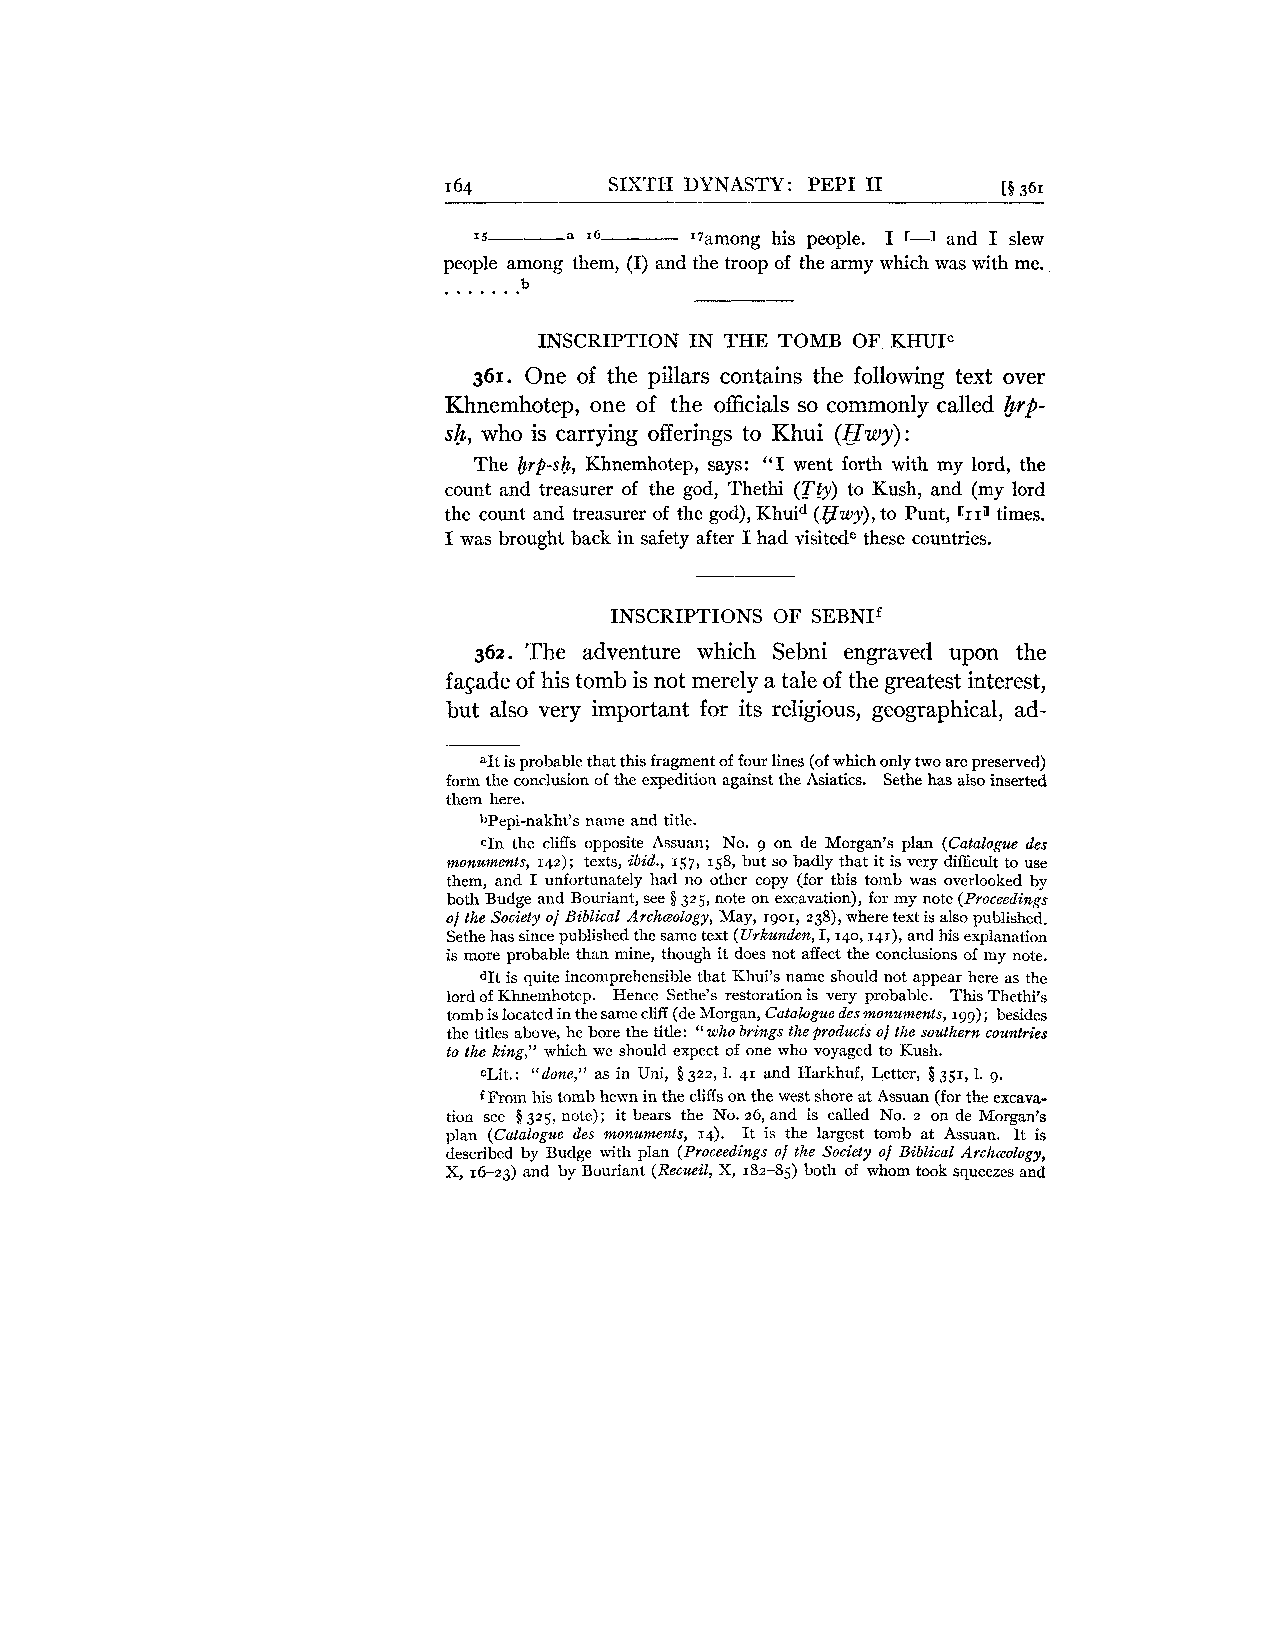
164        SIXTH DYNASTY: PEP1 I1    [S ,361
 IS     a 16    I'arnong his people. I r-1 and I slew
 people among them, (I) and the troop of the army which was with me.
 . . . . . . .b
 INSCRIPTION IN THE TOMB OF KHUIc
 361. One of the pillars contains the following text over
 Khnemhotep, one of the officials so commonly called hrp-
 sb, who is carrying offerings to Khui (EIwy):
 The brp-sh, Khnemhotep, says: "I went forth with my lord, the
 count and treasurer of the god, Thethi (Tiy) to Kush, and (my lord
 the count and treasurer of the god), Khuid (Hwy),t o Punt, [II~tim es.
 I was brought back in safety after I had visitede these countries.
 INSCRIPTIONS OF SEBNIf
 362. The adventure which Sebni engraved upon the
 fasade of his tomb is not merely a tale of the greatest interest,
 but also very important for its religious, geographical, ad-
 "It is probable that this fragment of four lines (of which only two are preserved)
 fornl the conclusion of the expedition against the Asiatics. Sethe has also inserted
 them here.
 bPepi-nakht's name and title.
 cIn the cliffs opposite Assuan; No. 9 on de Morgan's plan (Catalogue des
 monuments, 142); texts, ibid., 157, 158, but so badly that it is very difficult to use
 them, and I unfortunately had no other copy (for this tomb was overlooked by
 both Budge and Bouriant, see 8 325, note on excavation), for my note (Proceedings
 of the Society of Biblical Arch~ology,M ay, 1901, 238), where text is also published.
 Sethe has since published the same text (Urkunden, I, 140, I~I)a,n d his explanation
 is more probable than mine, though it does not affect the conclusions of my note.
 dIt is quite incomprehensible that Khui's name should not appear here as the
 lord of Khnemhotep. Hence Scthe's restoration is very probable. This Thethi's
 tomb is located in the same cliff (de Morgan, Catalogue des monuments, 199); besides
 the titles above, he bore the title: "who brings the products of the southern countries
 to the king," which we should expect of one who voyaged to Kush.
 eLit.: "done," as in Uni, $322, 1. 41 and Harkhuf, Letter, Q 351, 1. 9.
 f From his tomb hewn in the cliffs on the west shore at Assuan (for the excava-
 tion see 8 325, note); it bears the No. 26, and is called No. z on de Morgan's
 plan (Catalogue des monuments, 14). It is the largest tomb at Assuan. It is
 described by Budge with plan (Proceedings of the Society of Biblical Archeology,
 X, 16-23) and by Bouriant (Recueil, X, 182-85) both of whom took squeezes and